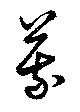
蒙